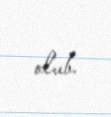
olub.